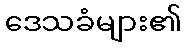
ဒေသခံများ၏